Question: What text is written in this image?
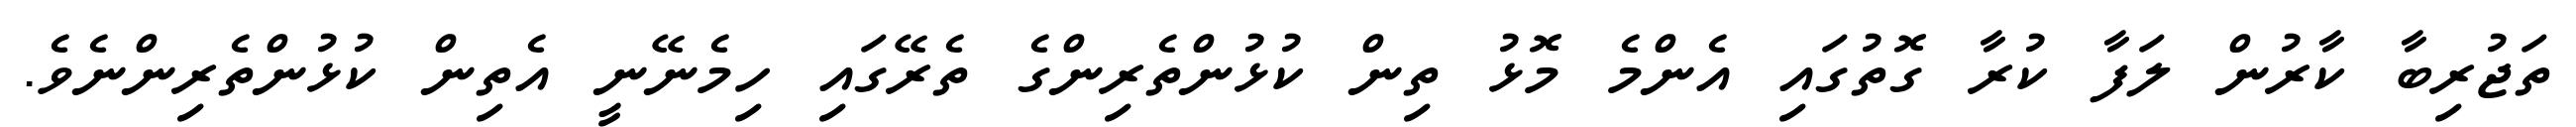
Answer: ތަޖުރިބާ ކާރުން ލަފާ ކުރާ ގޮތުގައި އެންމެ މޮޅު ތިން ކުޅުންތެރިންގެ ތެރޭގައި ހިމެނޭނީ އެތިން ކުޅުންތެރިންނެވެ.